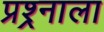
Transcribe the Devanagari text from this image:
प्रश्र्नाला